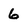
Character: 6